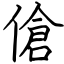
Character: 傖